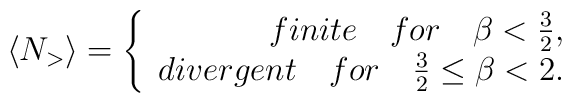
\langle N_> \rangle = \left\{ \begin{array}{r@{\quad \quad}l}finite\quad for\quad \beta < \frac{3}{2}, \\divergent\quad for\quad \frac{3}{2} \le \beta < 2.  \end{array} \right.